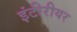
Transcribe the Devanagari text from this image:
इंटीरीयर